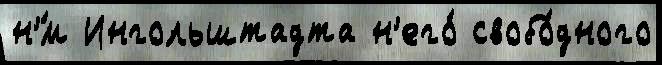
н'́м Ингольштадта н'его́ свобо́дного